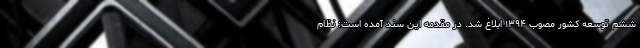
ششم توسعه کشور مصوب ۱۳۹۴ ابلاغ شد. در مقدمه این سند آمده است: نظام